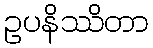
ဥပနိဿိတာ